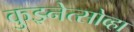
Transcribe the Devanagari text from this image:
कुझ्नेत्सोव्हा